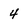
Character: 4